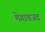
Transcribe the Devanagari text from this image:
मेगाबजट